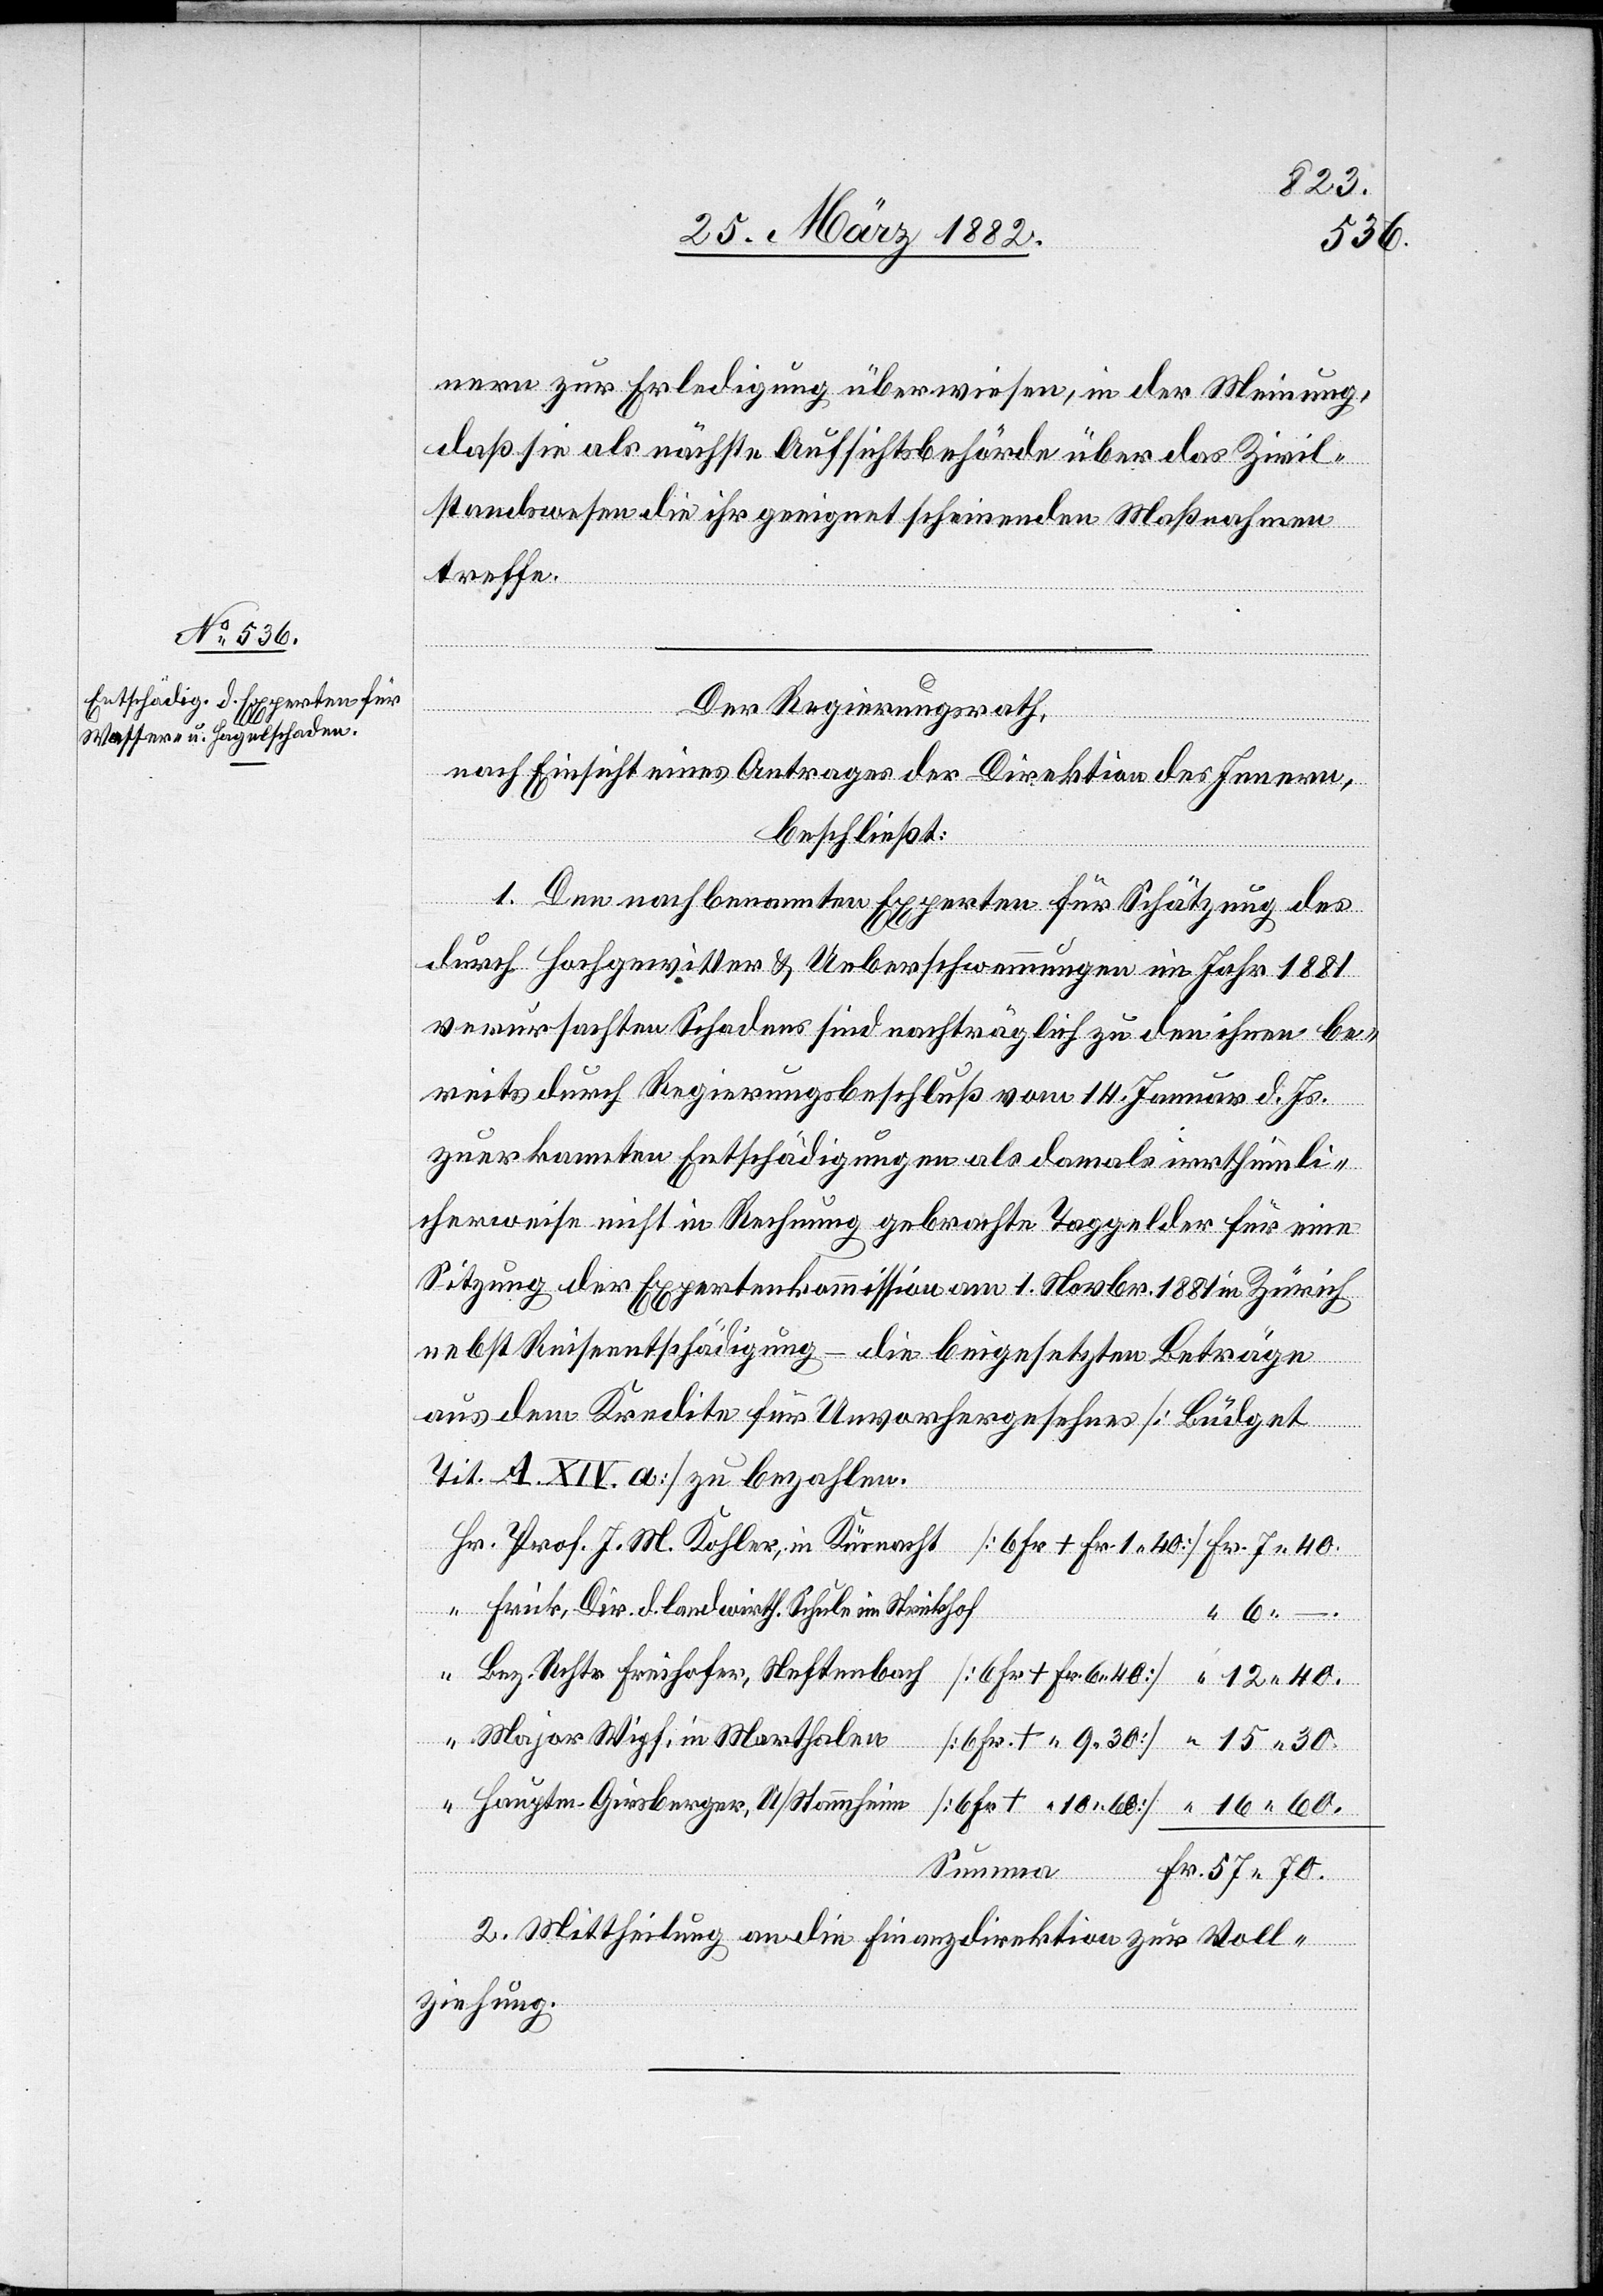
+ Fr.
nern zur Erledigung überwiesen, in der Meinung,
daß sie als nächste Aufsichtsbehörde über das Zivil¬
standswesen die ihr geneigt scheinende Maßnahme
treffe.
Der Regierungsrath,
nach Einsicht eines Antrages der Direktion des Innern,
beschließt:
1. Den nachbenannten Experten für Schätzung des
durch Hochgewitter & Ueberschwemmungen im Jahr 1881
verursachten Schadens sind nachträglich zu den ihnen be¬
reits durch Regierungsbeschluß vom 14. Januar d. Js.
zuerkannten Entschädigungen als damals irrthümli¬
cherweise nicht in Rechnung gebrachte Taggelder für eine
Sitzung der Expertenkommission am 1. Novbr. 1881 in Zürich
nebst Reiseentschädigung – die beigesetzten Beträge
aus dem Kredite für Unvorhergesehenes [Büdget
Tit. A. XIV. a] zu bezahlen.
Prof. J. M. Kohler, in Küsnacht
Frick, Dir. d. landwirth. Schule im Strickhof
16 60.
Bez. Rchtr. Freihofer, Neftenbach
70.
Major Wipf, in Marthalen
Hauptm. Girsberger, A/Stammheim
2. Mittheilung an die Finanzdirektion zur Voll¬
ziehung.